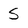
Character: S